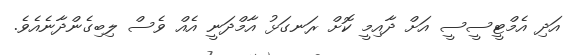
އަދި އެމްޓީސީސީ އަށް ދާއިމީ ކޮށް ރަނގަޅު އާމްދަނީ އެއް ވެސް ލިބިގެންދާނެއެވެެ.